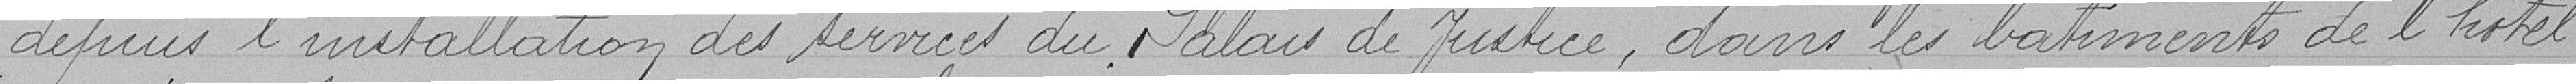
depuis l'installation des services du Palais de justice, dans les bâtiments de l'hôtel